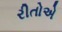
રીતોએ